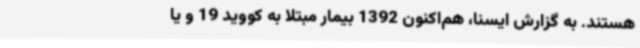
هستند. به گزارش ایسنا، هم‌اکنون 1392 بیمار مبتلا به کووید 19 و یا